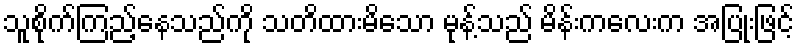
သူစိုက်ကြည့်နေသည်ကို သတိထားမိသော မုန့်သည် မိန်းကလေးက အပြုံးဖြင့်